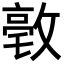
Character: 𪯒